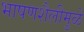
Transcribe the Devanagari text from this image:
भाषणशैलीमुळे